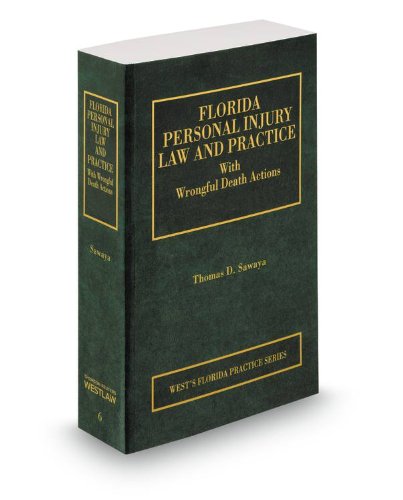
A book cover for Florida Personal Injury Law and Practice, 2013-2014 ed. (Vol. 6, Florida Practice Series); Thomas Sawaya; Law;